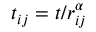
t _ { i j } = t / r _ { i j } ^ { \alpha }